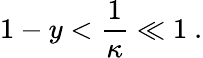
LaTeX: {1-y}<{\frac{1}{\kappa}}\ll 1\ .